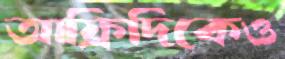
আফ্রিদিকেও